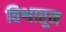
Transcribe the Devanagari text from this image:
विश्वातून